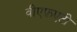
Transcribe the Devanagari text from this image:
वीएफ़एटी